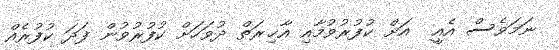
ނަމަވެސް އެއީ  އަށް ކުފުރުވުމާއި އާޚިރަތް ދުވަހަށް ކުފުރުވުން ފަދަ ކުފުރެއް